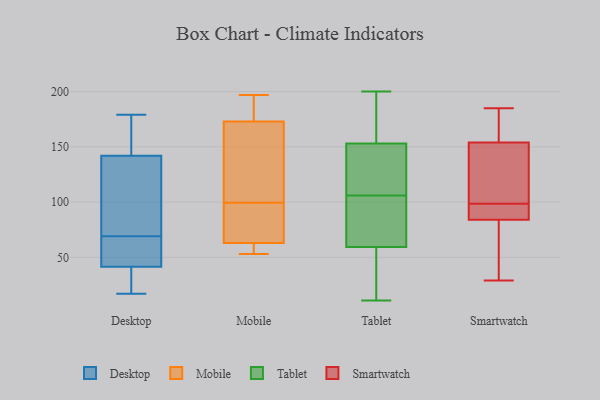
{"axis": {"x": "Humidity (%)", "y": "Value"}, "legend": ["Desktop", "Mobile", "Smartwatch", "Tablet"], "data": [{"x": "", "y": 80, "type": "Desktop"}, {"x": "", "y": 137, "type": "Desktop"}, {"x": "", "y": 45, "type": "Desktop"}, {"x": "", "y": 44, "type": "Desktop"}, {"x": "", "y": 46, "type": "Desktop"}, {"x": "", "y": 112, "type": "Desktop"}, {"x": "", "y": 179, "type": "Desktop"}, {"x": "", "y": 66, "type": "Desktop"}, {"x": "", "y": 32, "type": "Desktop"}, {"x": "", "y": 19, "type": "Desktop"}, {"x": "", "y": 39, "type": "Desktop"}, {"x": "", "y": 147, "type": "Desktop"}, {"x": "", "y": 160, "type": "Desktop"}, {"x": "", "y": 17, "type": "Desktop"}, {"x": "", "y": 161, "type": "Desktop"}, {"x": "", "y": 72, "type": "Desktop"}, {"x": "", "y": 124, "type": "Mobile"}, {"x": "", "y": 182, "type": "Mobile"}, {"x": "", "y": 186, "type": "Mobile"}, {"x": "", "y": 56, "type": "Mobile"}, {"x": "", "y": 179, "type": "Mobile"}, {"x": "", "y": 58, "type": "Mobile"}, {"x": "", "y": 95, "type": "Mobile"}, {"x": "", "y": 197, "type": "Mobile"}, {"x": "", "y": 113, "type": "Mobile"}, {"x": "", "y": 64, "type": "Mobile"}, {"x": "", "y": 95, "type": "Mobile"}, {"x": "", "y": 104, "type": "Mobile"}, {"x": "", "y": 62, "type": "Mobile"}, {"x": "", "y": 167, "type": "Mobile"}, {"x": "", "y": 53, "type": "Mobile"}, {"x": "", "y": 94, "type": "Mobile"}, {"x": "", "y": 183, "type": "Tablet"}, {"x": "", "y": 127, "type": "Tablet"}, {"x": "", "y": 136, "type": "Tablet"}, {"x": "", "y": 106, "type": "Tablet"}, {"x": "", "y": 63, "type": "Tablet"}, {"x": "", "y": 60, "type": "Tablet"}, {"x": "", "y": 63, "type": "Tablet"}, {"x": "", "y": 38, "type": "Tablet"}, {"x": "", "y": 121, "type": "Tablet"}, {"x": "", "y": 67, "type": "Tablet"}, {"x": "", "y": 57, "type": "Tablet"}, {"x": "", "y": 150, "type": "Tablet"}, {"x": "", "y": 176, "type": "Tablet"}, {"x": "", "y": 15, "type": "Tablet"}, {"x": "", "y": 11, "type": "Tablet"}, {"x": "", "y": 162, "type": "Tablet"}, {"x": "", "y": 200, "type": "Tablet"}, {"x": "", "y": 84, "type": "Smartwatch"}, {"x": "", "y": 154, "type": "Smartwatch"}, {"x": "", "y": 68, "type": "Smartwatch"}, {"x": "", "y": 84, "type": "Smartwatch"}, {"x": "", "y": 185, "type": "Smartwatch"}, {"x": "", "y": 150, "type": "Smartwatch"}, {"x": "", "y": 99, "type": "Smartwatch"}, {"x": "", "y": 29, "type": "Smartwatch"}, {"x": "", "y": 159, "type": "Smartwatch"}, {"x": "", "y": 179, "type": "Smartwatch"}, {"x": "", "y": 90, "type": "Smartwatch"}, {"x": "", "y": 105, "type": "Smartwatch"}, {"x": "", "y": 38, "type": "Smartwatch"}, {"x": "", "y": 98, "type": "Smartwatch"}]}